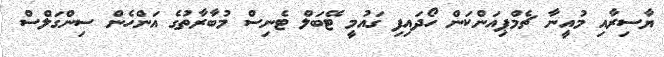
ޔާސިރާއި މުއީނާ ޗެމްޕިއަންކަން ހޯދައިފި ގައުމީ ޓޭބަލް ޓެނިސް މުބާރާތުގެ އަންހެން ސިންގަލްސް